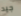
جيد